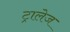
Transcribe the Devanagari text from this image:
ट्रालेज